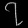
Digit: ၇